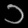
Digit: ၁